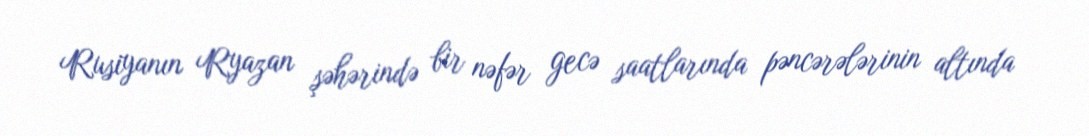
Rusiyanın Ryazan şəhərində bir nəfər gecə saatlarında pəncərələrinin altında